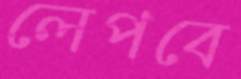
লেপবে